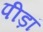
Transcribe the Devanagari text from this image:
पीड़ां